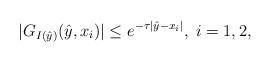
LaTeX: \begin{align*} |G_{I(\hat{y})}(\hat{y},x_i)| \leq e^{-\tau|\hat{y}-x_i|},\;i=1,2,\end{align*}